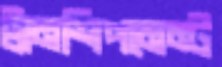
ট্রানশিপমেন্ট